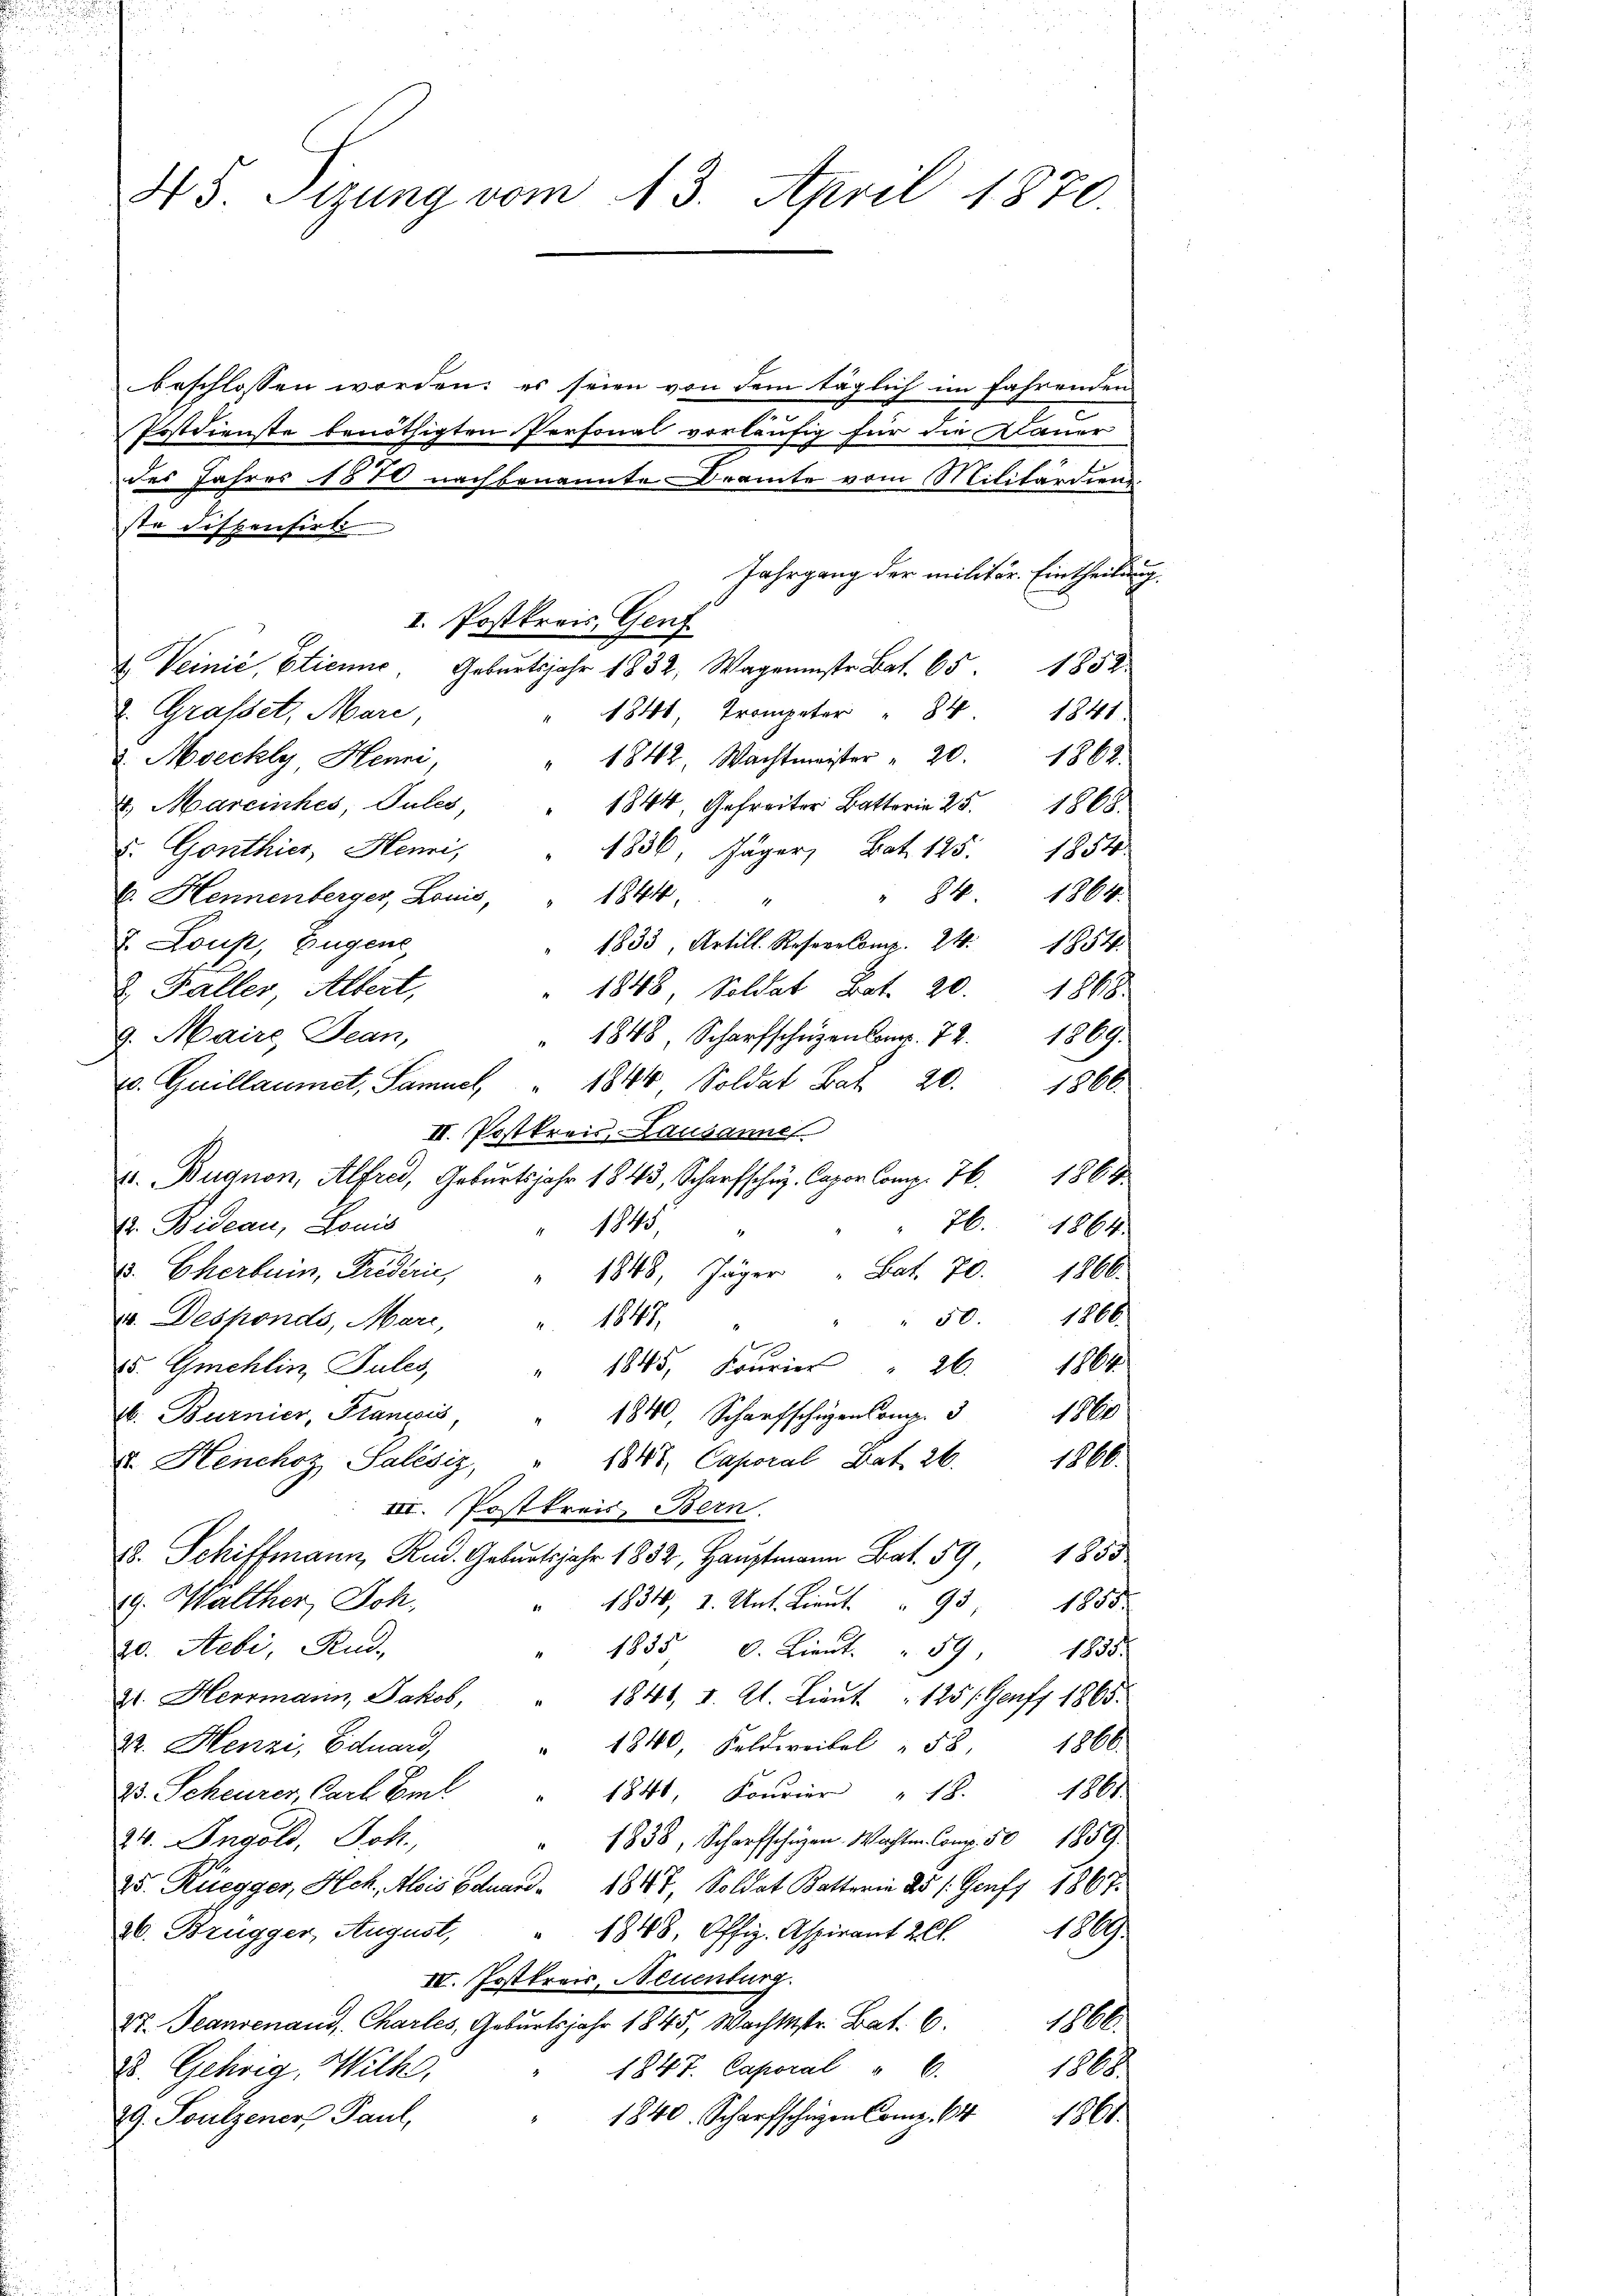
45 Tirung vom 13. April 1870

beschlossen worden; es seien von dem täglich im fahrenden
Postdienste benöthigten Personal vorläufig für die Dauer
des Jahres 1870 nachbenannte Dramte vom Militärdien
ste dispensirt
Jahrgang der militär. Eintheilung.
u. Veinić, Etienne. Geburtsjahr 1832, Wagenstr. Bat. 65. 1858
2. Grasset, Mari,
" 1841 Trompeter  "  84
1842, Wachtmeister " 20.
 Moeckly Henni,
4. Mareinhes, Pules,
1844, Gefreier 1868.
v. Gonthier, Henri,
1836, Jäger, Bat. 125. 1854
" 84. 1864.
V. Hennenberger, Louis,
1844
& Loup, Eugene
1833, Artill. Resp. 24. 1854.
2 Faller Albert,
1848 Soldat Bat. 20. 1868.
9. Maire Jean,
1848 Scharfschüzenkonr. 72. 1869.
1844 Soldat Bat 20. 1866.
x. Guillaumet, Samuel,
II. Postkreis, Lausanne
4 Bugnon, Alfred, Geburtsjahr 1843, Scharfschuz. Capor Comp. 76. 1864
Er Bideau, Louis
1845
. Eherbein, Predicie " 1848, Jäger " Bat. 70. 1866.
v. Desponds, Mari,
" " 50. 1866.
 1847,
x
85. Gmehlin, Jules,
" 1845, Freier " 26. 1864.
1860
16. Burnier, Francois, " 1840, Scharfschüzen Comp. 3
u. Henchoz Salésiz, " 1847, Caporal Bat. 26. 1866.
III. Postkreis, Bern.
.9 1853.
19. Walther, Joh.
1834, 2. Unt. Lieut. " 93
1883
20. Sebi, Rud.
1855 d. Lieŭt. " 59. 1835.
21. Herrmann, Jakob,
1846, d. 2. Lieut. " 125 f. Genf 1865.
1840, Feldweibel " 58. 1866.
Dr. Henzi, Eduard,
25. Scheurer, Carl Emil
1841, Fourier " 18. 1861
1838, Scharfschüzen. Wachten. Comp. 50 1859.
34. Ingold, Joh.
25. Rüegger, Hch. Alois Eduar 1847, Soldat Katter 25 l. Genf 1867.
1881
36. Brugger, August,
1848, Offiz. Aspirant 2 Ct.
IV. Postkreis, Neuenburg.
2t. Jeannenaud, Charles, Geburtsjahr 1845, Wachstr. Bat. 6. 1866
18
1847. Caporal " 6.
2. Gehrig, Wilh
1840. Scharfschen Comp. 64 1860.
29. Soulzener Paul,

I. Postkreis, Genz

1841
1862.

" 76. 1864.